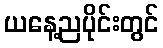
ယနေ့ညပိုင်းတွင်